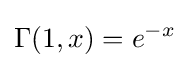
\Gamma (1,x)=e^{-x}